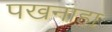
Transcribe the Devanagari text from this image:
पखनाहा